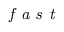
_ \textit { f a s t }